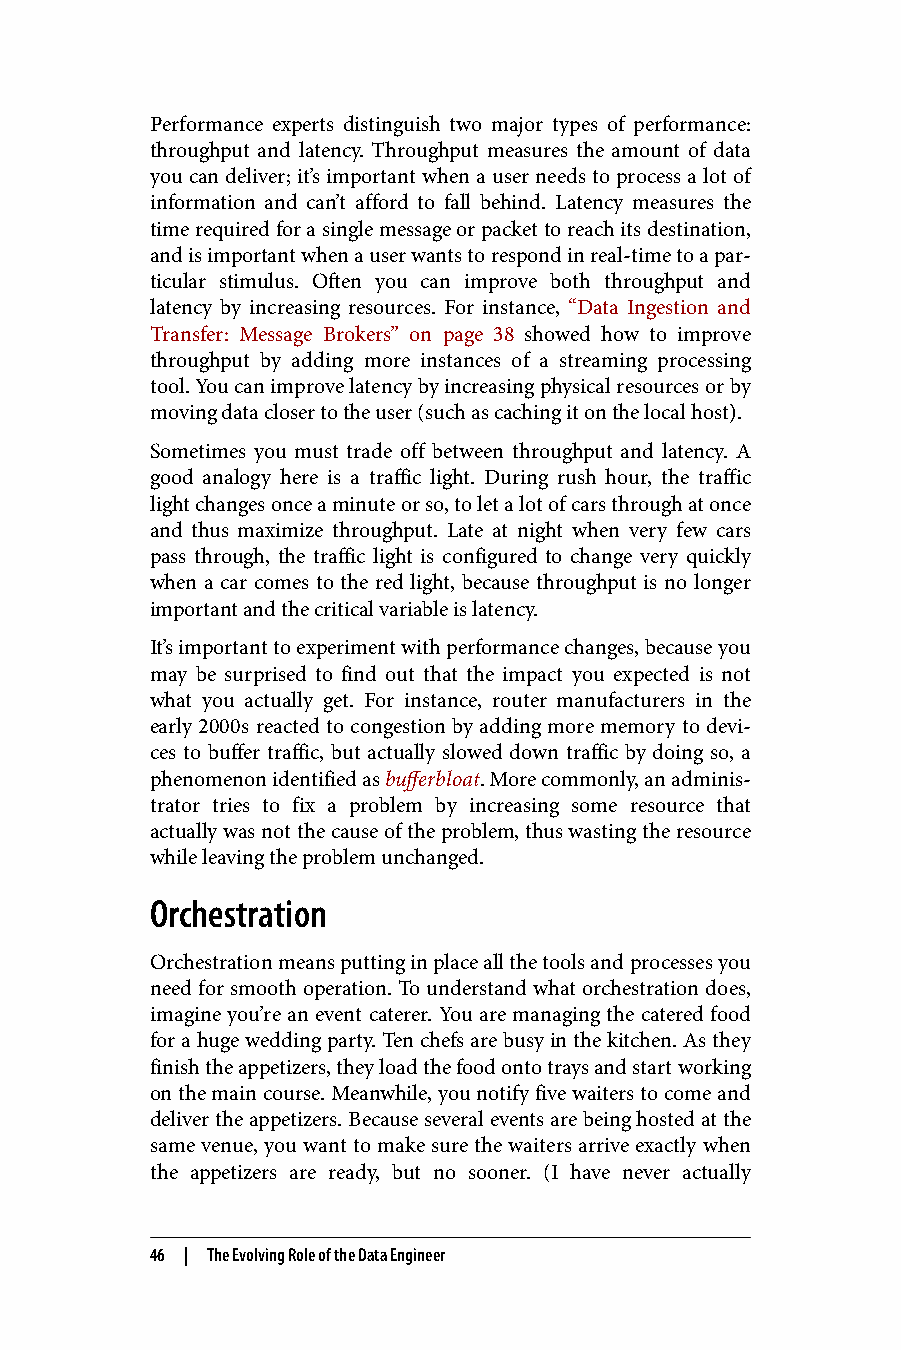
Performance experts distinguish two major types of performance:
 throughput and latency. Throughput measures the amount of data
 you can deliver; it’s important when a user needs to process a lot of
 information and can’t afford to fall behind. Latency measures the
 time required for a single message or packet to reach its destination,
 and is important when a user wants to respond in real-time to a par‐
 ticular stimulus. Often you can improve both throughput and
 latency by increasing resources. For instance, “Data Ingestion and
 Transfer: Message Brokers” on page 38 showed how to improve
 throughput by adding more instances of a streaming processing
 tool. You can improve latency by increasing physical resources or by
 moving data closer to the user (such as caching it on the local host).
 Sometimes you must trade off between throughput and latency. A
 good analogy here is a traffic light. During rush hour, the traffic
 light changes once a minute or so, to let a lot of cars through at once
 and thus maximize throughput. Late at night when very few cars
 pass through, the traffic light is configured to change very quickly
 when a car comes to the red light, because throughput is no longer
 important and the critical variable is latency.
 It’s important to experiment with performance changes, because you
 may be surprised to find out that the impact you expected is not
 what you actually get. For instance, router manufacturers in the
 early 2000s reacted to congestion by adding more memory to devi‐
 ces to buffer traffic, but actually slowed down traffic by doing so, a
 phenomenon identified as bufferbloat. More commonly, an adminis‐
 trator tries to fix a problem by increasing some resource that
 actually was not the cause of the problem, thus wasting the resource
 while leaving the problem unchanged.
 Orchestration
 Orchestration means putting in place all the tools and processes you
 need for smooth operation. To understand what orchestration does,
 imagine you’re an event caterer. You are managing the catered food
 for a huge wedding party. Ten chefs are busy in the kitchen. As they
 finish the appetizers, they load the food onto trays and start working
 on the main course. Meanwhile, you notify five waiters to come and
 deliver the appetizers. Because several events are being hosted at the
 same venue, you want to make sure the waiters arrive exactly when
 the appetizers are ready, but no sooner. (I have never actually
 46 | The Evolving Role of the Data Engineer